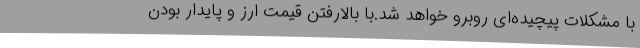
با مشکلات پیچیده‌ای روبرو خواهد شد.با بالارفتن قیمت ارز و پایدار بودن